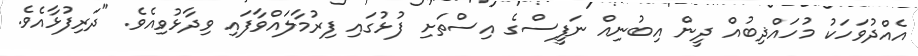
އެއްދުވަހަކު މުހައްޛިބުއް ދީން އިބުނިއް ނަފީސްގެ އިސްތަށި ފުޅުގައި ފިރުމާލައްވާފައި ވިދާޅުވިއެވެ. "ދަރިފުޅާއެވެ.